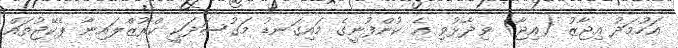
އަހުމަދު އިޖާޒު (އިޖާ) ވިދާޅުވި އެ ކުންފުނީގެ މައިގަނޑު މަގުސަދަކީ ކްރޫޒްލައިނާ ޕެކޭޖުތައް